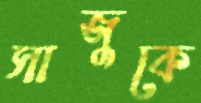
সাজুকে